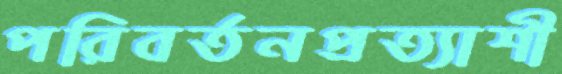
পরিবর্তনপ্রত্যাশী